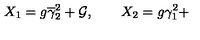
X _ { 1 } = g \overline { { \gamma } } _ { 2 } ^ { 2 } + { \cal G } , \qquad X _ { 2 } = g \gamma _ { 1 } ^ { 2 } +